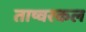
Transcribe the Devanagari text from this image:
ताष्वरकल